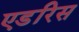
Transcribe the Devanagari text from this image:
एडरिस